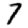
Digit: 7